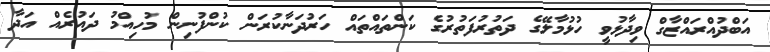
އަބްދުއްރައްޒާގް ވިދާޅުވީ ހުޅުމާލޭގެ ދަތުރުފަތުރުގެ ކަންތައްތައް ހަރުދަނާކުރަން ކުންފުނިން މުހިއްމު ދައުރެއް އަދާ